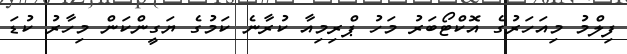
ފިލްމު މިއަހަރުގެ އޮކްޓޯބަރު މަހު ޕްރިމިއާ ކުރާނެ ކަމުގެ ޔަގީންކަން މިހާރު ކުޑަ